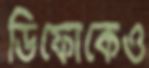
ডিফোকেও